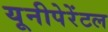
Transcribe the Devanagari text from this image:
यूनीपेरेंटल